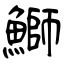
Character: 鰤